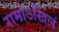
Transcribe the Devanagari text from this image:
रामोऽखिलं